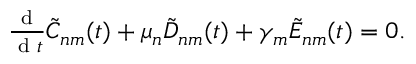
\begin{array} { r } { \frac { \textrm { d } } { \textrm { d } t } \tilde { C } _ { n m } ( t ) + \mu _ { n } \tilde { D } _ { n m } ( t ) + \gamma _ { m } \tilde { E } _ { n m } ( t ) = 0 . } \end{array}